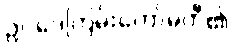
ဥပဒေကြမ်းကော်မတီ၏